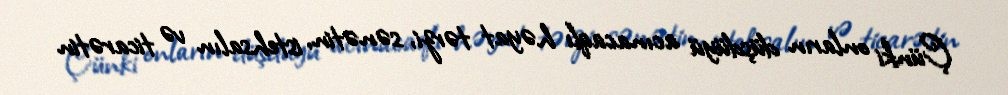
Çünki onların düşdüyü acınacaqlı həyat tərzi, sənətin, istehsalın və ticarətin